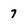
Character: 7